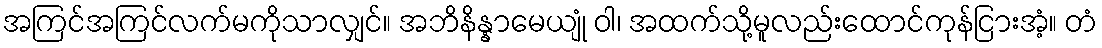
အကြင်အကြင်လက်မကိုသာလျှင်။ အဘိနိန္နာမေယျုံ ဝါ၊ အထက်သို့မူလည်းထောင်ကုန်ငြားအံ့။ တံ